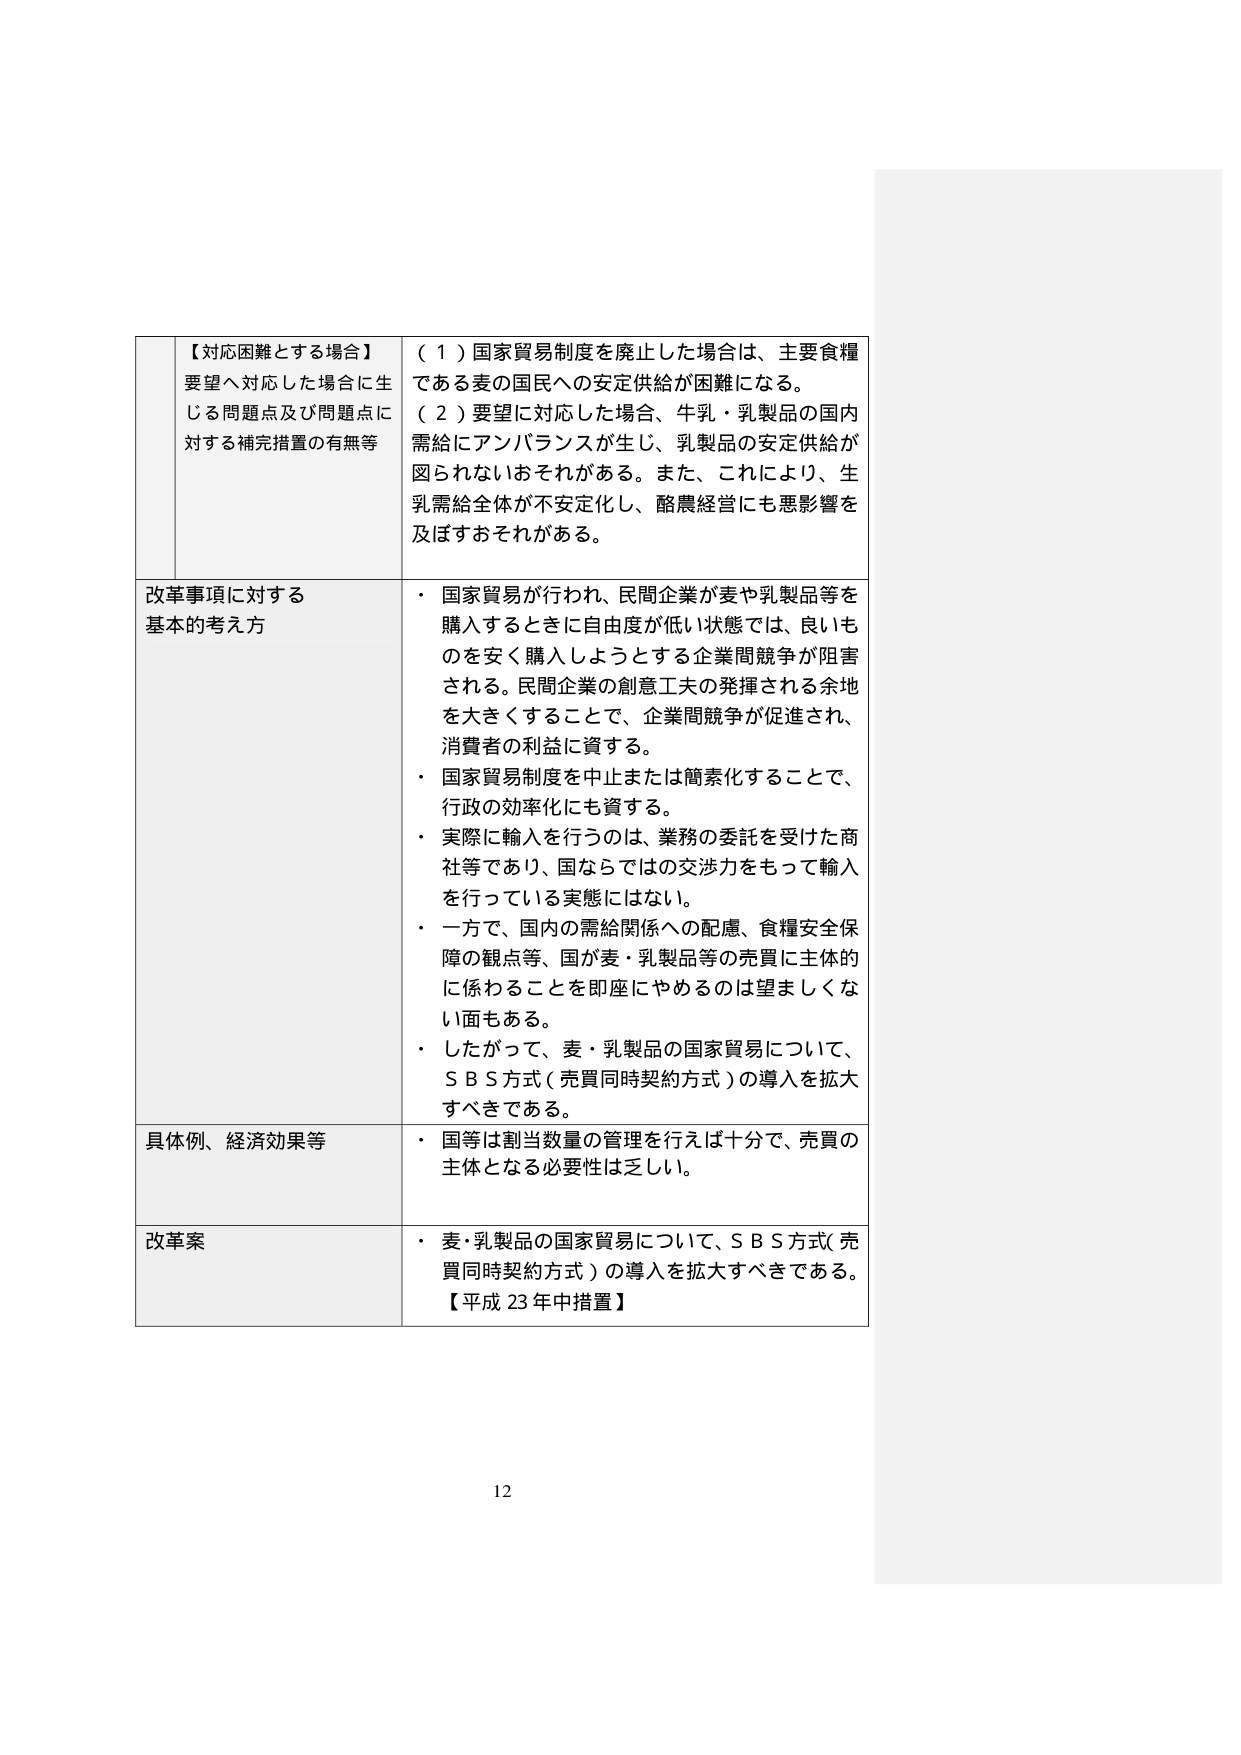
【対応困難とする場合】
要望へ対応した場合に生じる問題点及び問題点に対する補完措置の有無等

（１）国家貿易制度を廃止した場合は、主要食糧である麦の国民への安定供給が困難になる。
（２）要望に対応した場合、牛乳・乳製品の国内需給にアンバランスが生じ、乳製品の安定供給が図られないおそれがある。また、これにより、生乳需給全体が不安定化し、酪農経営にも悪影響を及ぼすおそれがある。

改革事項に対する基本的考え方
・ 国家貿易が行われ、民間企業が麦や乳製品等を購入するときに自由度が低い状態では、良いものを安く購入しようとする企業間競争が阻害される。民間企業の創意工夫の発揮される余地を大きくすることで、企業間競争が促進され、消費者の利益に資する。
・ 国家貿易制度を中止または簡素化することで、行政の効率化にも資する。
・ 実際に輸入を行うのは、業務の委託を受けた商社等であり、国ならではの交渉力をもって輸入を行っている実態にはない。
・ 一方で、国内の需給関係への配慮、食糧安全保障の観点等、国が麦・乳製品等の売買に主体的に係わることを即座にやめるのは望ましくない面もある。
・ したがって、麦・乳製品の国家貿易について、ＳＢＳ方式（売買同時契約方式）の導入を拡大すべきである。

具体例、経済効果等
・ 国等は割当数量の管理を行えば十分で、売買の主体となる必要性は乏しい。

改革案
・ 麦・乳製品の国家貿易について、ＳＢＳ方式（売買同時契約方式）の導入を拡大すべきである。
【平成23年中措置】

12